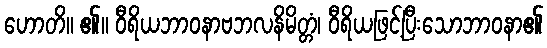
ဟောတိ။ ၏။ ဝီရိယဘာဝနာဗဘလနိမိတ္တံ၊ ဝီရိယဖြင့်ပြီးသောဘာဝနာ၏